Report of an investigation of the epidemic of malarial fever in Assam, or, kala-azar
Disease focus: Malaria
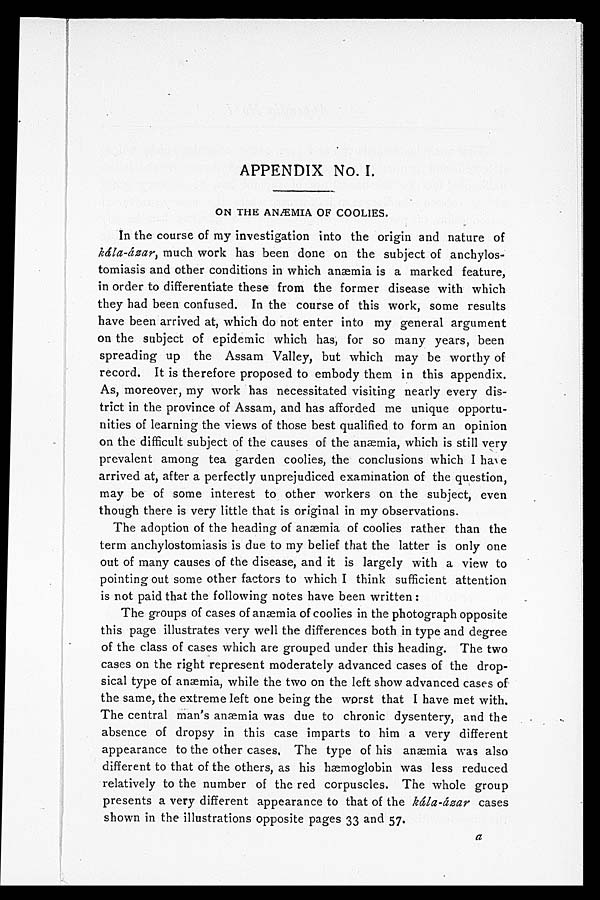
APPENDIX No. 1.
ON THE ANÆEMIA OF COOLIES.
In the course of my investigation into the origin and nature of
kála-ázar, much work has been done on the subject of anchylos
-tomiasis and other conditions in which anæmia is a marked feature,
in order to differentiate these from the former disease with which
they had been confused. In the course of this work, some results
have been arrived at, which do not enter into my general argument
on the subject of epidemic which has, for so many years, been
spreading up the Assam Valley, but which may be worthy of
record. It is therefore proposed to embody them in this appendix.
As, moreover, my work has necessitated visiting nearly every dis-
trict in the province of Assam, and has afforded me unique opportu
-nities of learning the views of those best qualified to form an opinion
on the difficult subject of the causes of the anæmia, which is still very
prevalent among tea garden coolies, the conclusions which I have
arrived at, after a perfectly unprejudiced examination of the question,
may be of some interest to other workers on the subject, even
though there is very little that is original in my observations.
The adoption of the heading of anæmia of coolies rather than the
term anchylostomiasis is due to my belief that the latter is only one
out of many causes of the disease, and it is largely with a view to
pointing out some other factors to which I think sufficient attention
is not paid that the following notes have been written:
The groups of cases of anæmia of coolies in the photograph opposite
this page illustrates very well the differences both in type and degree
of the class of cases which are grouped under this heading. The two
cases on the right represent moderately advanced cases of the drop
-sical type of anæmia, while the two on the left show advanced cases of
the same, the extreme left one being the worst that I have met with.
The central man's anæmia was due to chronic dysentery, and the
absence of dropsy in this case imparts to him a very different
appearance to the other cases. The type of his anaemia was also
different to that of the others, as his hæmoglobin was less reduced
relatively to the number of the red corpuscles. The whole group
presents a very different appearance to that of the kála-ázar cases
shown in the illustrations opposite pages 33 and 57.